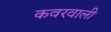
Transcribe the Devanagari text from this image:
कवरवाली